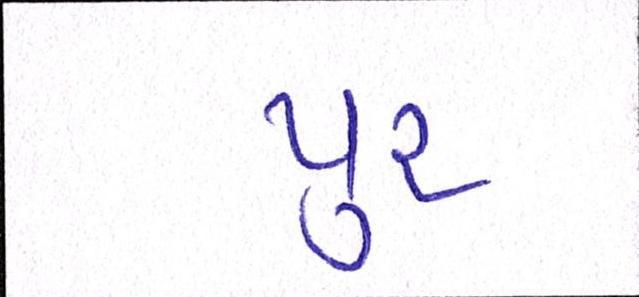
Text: પુર